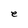
Character: e